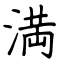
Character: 満